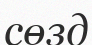
сөзд